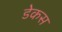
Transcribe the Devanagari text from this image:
डेकस